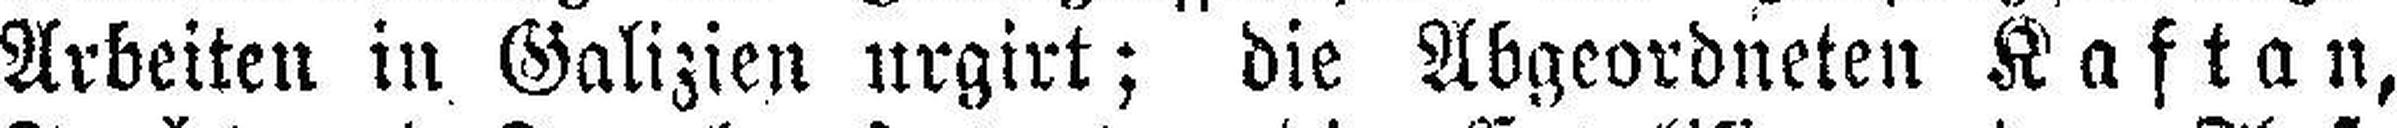
Arbeiten in Galizien urgirt; die Abgeordneten Kaftan,